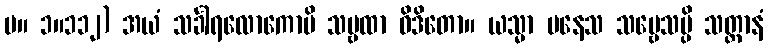
မ။ ၁။၁၁၂) အယံ သင်္ခါရလောကောပိ သဗ္ဗထာ ဝိဒိတော။ ယသ္မာ ပနေသ သဗ္ဗေသမ္ပိ သတ္တာနံ